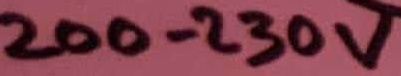
Text: 200-230V